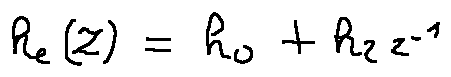
h _ { e } ( z ) = h _ { 0 } + h _ { 2 } z ^ { - 1 }